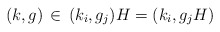
\begin{align*}(k, g)\,\in\, (k_i, g_j) H = (k_i, g_j H) \end{align*}